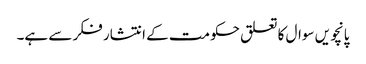
پانچویں سوال کا تعلق حکومت کے انتشار فکر سے ہے۔